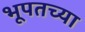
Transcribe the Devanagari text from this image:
भूपतच्या